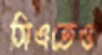
সিএতেও